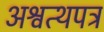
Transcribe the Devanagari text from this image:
अश्वत्थपत्र